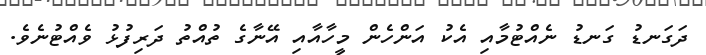
ދަގަނޑު ގަނޑު ނެއްޓުމާއި އެކު އަންހެން މީހާއާއި އޭނާގެ ތުއްތު ދަރިފުޅު ވެއްޓުނެވެ.